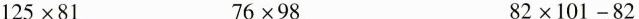
$$125\times81$$ $$76\times98$$ $$82\times101-82$$